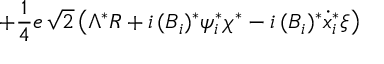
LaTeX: + \frac { 1 } { 4 } e \, \sqrt { 2 } \left( \Lambda ^ { * } R + i \, ( { \cal { B } } _ { i } ) ^ { * } \psi _ { i } ^ { * } \chi ^ { * } - i \, ( { \cal { B } } _ { i } ) ^ { * } \dot { x } _ { i } ^ { * } \xi \right)